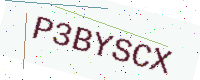
Text: P3BYSCX